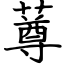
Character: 䔿